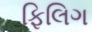
ફિલિગ